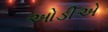
ઓડીએ